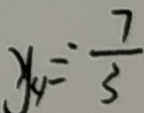
y _ { 4 } = \frac { 7 } { 3 }